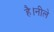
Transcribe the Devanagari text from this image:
है।नीले